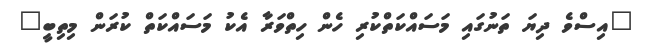
"އިސްވެ ދިޔަ ތަނުގައި މަސައްކަތްކުރި ހެން ހިތްވަރާ އެކު މަސައްކަތް ކުރަން މިތިބީ"